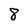
Character: 8